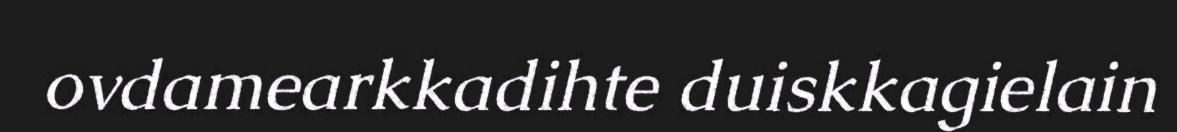
ovdamearkkadihte duiskkagielain